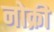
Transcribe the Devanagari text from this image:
नोक्री